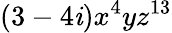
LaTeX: (3-4\mathit{i})x^{4}yz^{13}